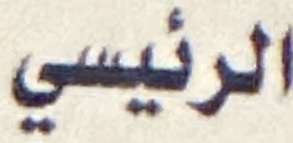
الرئيسي